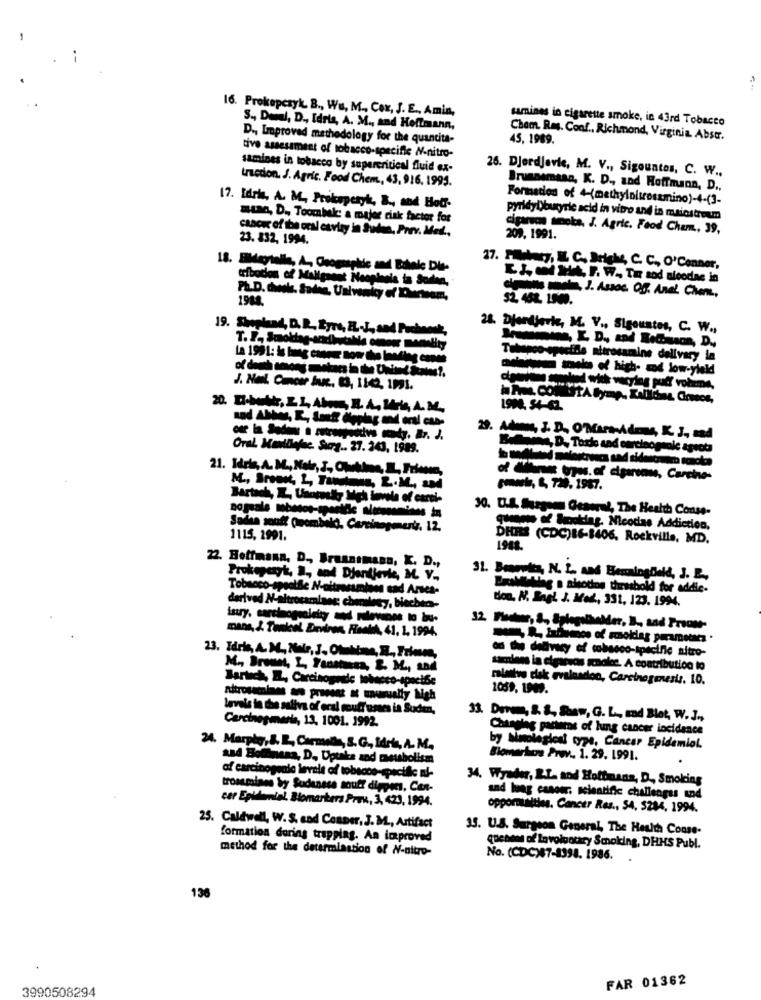
16. Prokopczyk. B ., Wu, M ., Cox, J. E ., Amin,
samines in cigarette smoke, in 43rd Tobacco
S ., Dumal, D ., Idrie, A. M ., and Hoffmann,
D ., Improved methodology for the quantita-
Cham. Ras. Conf ., Richmond, Virginia Abstr.
45. 1989.
tive assessment of tobacco-specific N-nitro-
samines in tobacco by supercritical fluid ex-
26. Djordjevic, M. V ., Sigountos, C. W ..
tredon. J. Agric. Food Chem ., 43, 916, 1995.
Brunaemasa, K. D ., and Hoffmann, D ..
Formation of 4-(methylolsrosamino)-4-(3-
17. Idrie, A. M. Prokrperyk, B ., and Hod-
mean, D ., Toombak: a major risk factor for
pyridybbutyric acid in vitro and in mainstream
cancer of the oral cavity in Sudan, Prrv. Med .,
cigarecs smoka. J. Agric. Food Chem ., 39,
23. 832. 1994.
209. 1991.
18. EMeyialle, A, Osogmapkde and Bilele Dit-
27. Polacy, IL C. Driehs, C. C ., O'Conner,
LJ, od tit, F. W. Tar tod nicodas in
cleats mole, J. Assoc. Off. Anal Chem,
19. Shoplund, D. R. Żyre, EL-J ., and Puchoork,
28. Djonjoris, M. V ., Sigountos, C. W .,
La 1991: Is lameg ca
Tohepco-speciale nitrosamine dellvary in
-- of high- of low-yleld
J. Nul. Camcor fu, 3, 1142, 1991.
20. Dbatt, ELAha, HA, HA A.M.
19H4. 54-62.
29. Adım, J. D. O'Mara-Admys, K. J ., sad
Oral. Kamillafsc. Surg .. 27. 243, 1989.
Ma, D. Torio and carcinogenle agects
21. Hele, A. M ., Nole, J, Clima, , Prison,
tras. of cigarsans, Carcine-
M ., Broont, L, Tandtens, L.M ., and
sowie, &, 720, 1987.
Bartach, I, Unoreally High levels of carche
30. U.S. Surgem Geawal, The Health Conse-
Sades souff Quembald, Carcinogenert. 12.
guage of Booking. Micodias Addiction,
1115, 1991.
DHRS (CDC)86-8406, Rockville, MD.
22. Hoffmann, D ., Brusnimana, K. D .,
Prokoparyk, I, and Djantjevie, M. V .,
31. Bonowita, N. L. and Benalogdeld, J. B .,
Dette . aisotios threshold for addile-
don. N. Bagl. J. Med ., 331, 123. 1994.
dartved N-altrocaminag; chemiles ,, blechen-
istry, carsinogsolely and ralevines to bu-
mans, J. Tankeel Environ, Heeth, 41, 1, 1994.
M ., Bromet, L, Faustmasa, L. M ., 104
sacolens la cigareas scoolee. A contribution to
Bartich, IL, Carcinograde tobacco-specific
maisive dlak evalor
muslosdon, Carcinogenesis. 10.
1059, 1909.
nitrosamines an prosent at tualty high
he saliva of oral souff uses is Sudan,
Carcinogmaria, 13, 1001. 1992.
33. Dove, S. 8. Shaw, G. L ., and Blot, W. J .,
Changing pacterms of lung cancer incidence
24. Marphy, &. R ., Carmela, S. G ., Sdra, A. M.
by Mimolegles! typs, Cancer Epidemiol.
sad Boihnena, D ., Uptake zad manusbolism
Biomarkos Prov .. 1. 29. 1991.
34. Wyader, L.L. and Holtmans, D ., Smoking
trossmises by Sudansss souff diggers, Cen-
cer Epidemial Biomarkers Prøv, 3, 420, 1994.
sad leg casoer, scientific challenges and
opportunities. Cancer Res ., 54, 5284, 1994.
25. Caldwell, W. S. end Conner, J. M ., Artifact
35. U.S. Surgeon General, The Health Conse-
formation doring trapping. An improved
method for the determination of N-nitro-
cochons of Involuntary Smoking, DHHS Publ.
No. (CDC)87-8394. 1986.
138
FAR 01362
3990508294